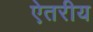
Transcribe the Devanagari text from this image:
ऐतरीय